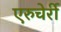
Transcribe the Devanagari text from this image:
एरुचेर्री